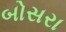
બોસરા